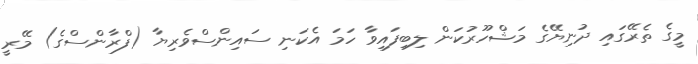
މީގެ ތެރޭގައި ދުނިޔޭގެ މަޝްހޫރުކަން ލިބިފައިވާ ހަމަ އެކަނި ސައިންސްވެރިޔާ (ފްރާންސްގެ) މޭރީ